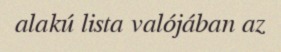
alakú lista valójában az